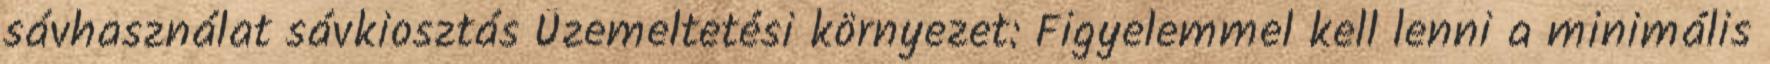
sávhasználat sávkiosztás Üzemeltetési környezet: Figyelemmel kell lenni a minimális